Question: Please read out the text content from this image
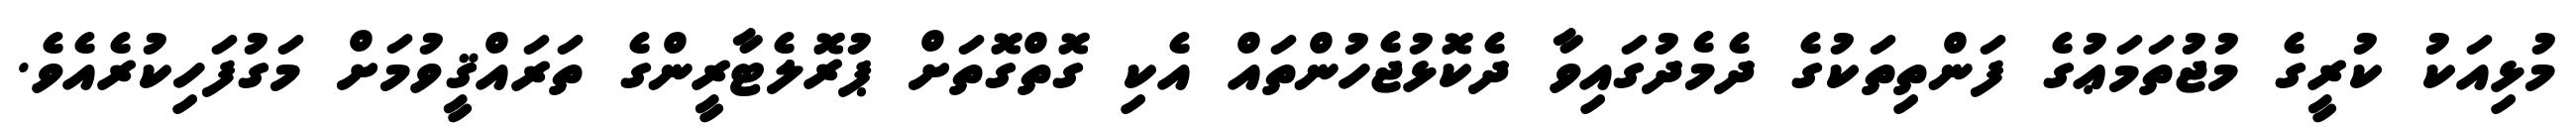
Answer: މުޅިއަކު ކުރީގެ މުޖުތަމަޢުގެ ފަންތިތަކުގެ ދެމެދުގައިވާ ދެކޮޅުޖެހުންތައް އެކި ގޮތްގޮތަށް ޕުރޮލެޓާރީންގެ ތަރައްޤީވުމަށް މަގުފަހިކުރެއެވެ.